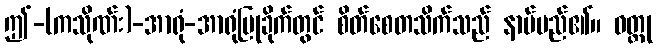
ဤ-(ကသိုဏ်း)-အာရုံ-အာရုံပြုခိုက်တွင် စိတ်စေတသိက်သည် နာမ်မည်၏။ ဝတ္ထု